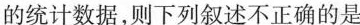
的统计数据，则下列叙述不正确的是